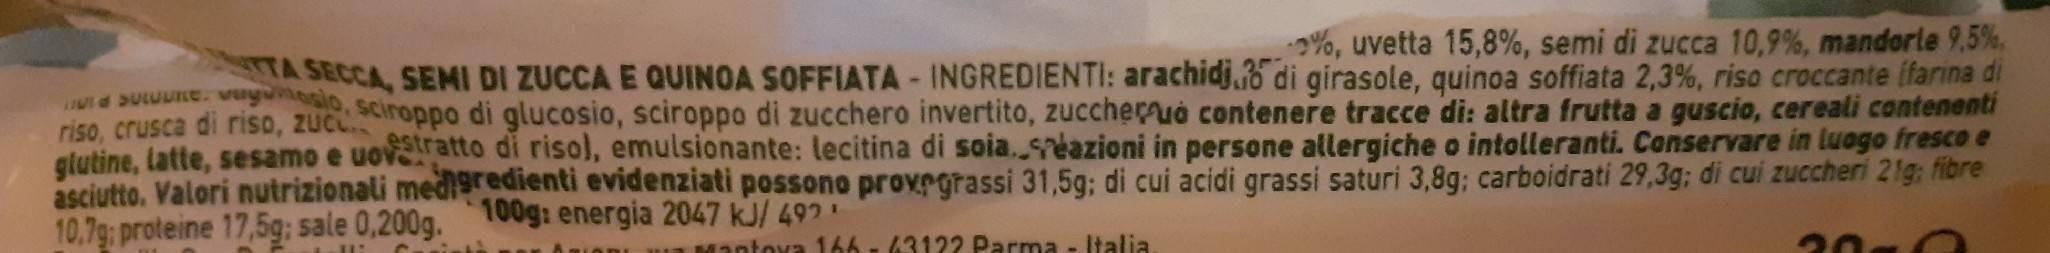
%, uvetta 15,8%, semi di zucca 10,9%, mandorle 9,5 %, TA SECCA, SEMI DI ZUCCA E QUINOA SOFFIATA - INGREDIENTI: arachidj.5 di girasole, quinoa soffiata 2,3%, riso croccante ifarina di riso zu sciroppo di glucosio, sciroppo di zucchero invertito, zuccheruo contenere tracce di: altra frutta a guscio, cereali contenenti glutine, latte, sesamo e uovratto di risol, emulsionante: lecitina di soia. seazioni in persone allergiche o intolleranti. Conservare in luogo fresco e asciutto. Valori nutrizionali mediredienti evidenziati possono provrgrassi 31,5g; di cui acidi grassi saturi 3,8g; carboidrati 29,3g; di cui zuccheri 21g; fibre
riso, crusca di
10.7g: proteine 17,5g; sale 0,200g. 100g: energia 2047 kJ/ 492
Mantova 166 - 63122 Parma - Italia